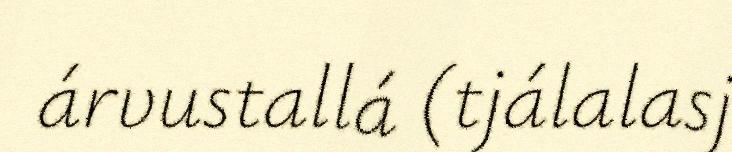
árvustallá (tjálalasj